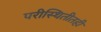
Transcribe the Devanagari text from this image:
परीस्थितीतही